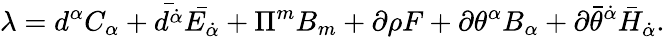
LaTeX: \lambda=d^{\alpha}C_{\alpha}+\bar{d^{\dot{\alpha}}}\bar{E_{\dot{\alpha}}}+\Pi^{m}B_{m}+\partial\rho F+\partial\theta^{\alpha}B_{\alpha}+\partial{\bar{\theta}}^{\dot{\alpha}}{\bar{H}}_{\dot{\alpha}}.